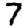
Digit: 7